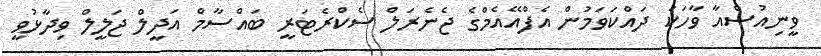
ވީނިއުސްއާ ވާހަކަ ދައްކަވަމުން އެފްއޭއެމްގެ ޖެނެރަލް ސެކްރެޓަރީ ބައްސާމް އަދީލް ޖަލީލް ވިދާޅުވީ